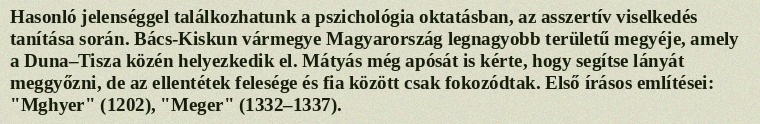
Hasonló jelenséggel találkozhatunk a pszichológia oktatásban, az asszertív viselkedés tanítása során. Bács-Kiskun vármegye Magyarország legnagyobb területű megyéje, amely a Duna–Tisza közén helyezkedik el. Mátyás még apósát is kérte, hogy segítse lányát meggyőzni, de az ellentétek felesége és fia között csak fokozódtak. Első írásos említései: "Mghyer" (1202), "Meger" (1332–1337).